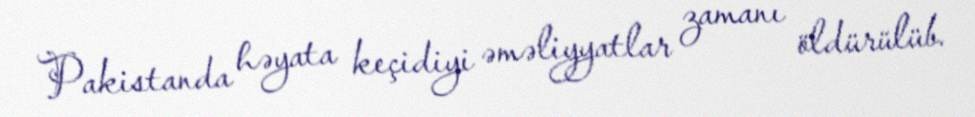
Pakistanda həyata keçidiyi əməliyyatlar zamanı öldürülüb.